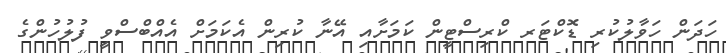
ހަދަން ހަވާލުކުރި ޑޮކްޓަރ ކްރިސްޓީން ކަމަށާއި އޭނާ ކުރިން އެކަމަށް އެއްބްސްވީ ފުލުހުންގެ